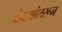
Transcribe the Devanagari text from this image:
डोळ्यांलरून